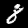
Digit: 8